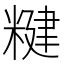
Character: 䊕